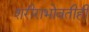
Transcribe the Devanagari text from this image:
शरीराभोवतीही